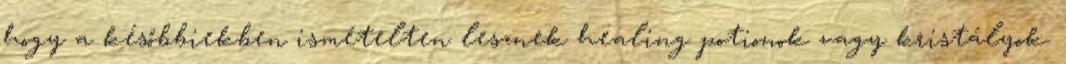
hogy a későbbiekben ismételten lesznek healing potionok vagy kristályok.